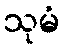
သုမံ